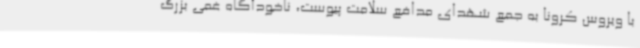
با ویروس کرونا به جمع شهدای مدافع سلامت پیوست، ناخودآگاه غمی بزرگ